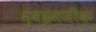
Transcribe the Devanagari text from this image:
मुंबईनजीक